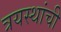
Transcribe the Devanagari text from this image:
त्रयस्थांची